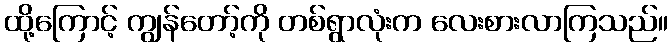
ထို့ကြောင့် ကျွန်တော့်ကို တစ်ရွာလုံးက လေးစားလာကြသည်။